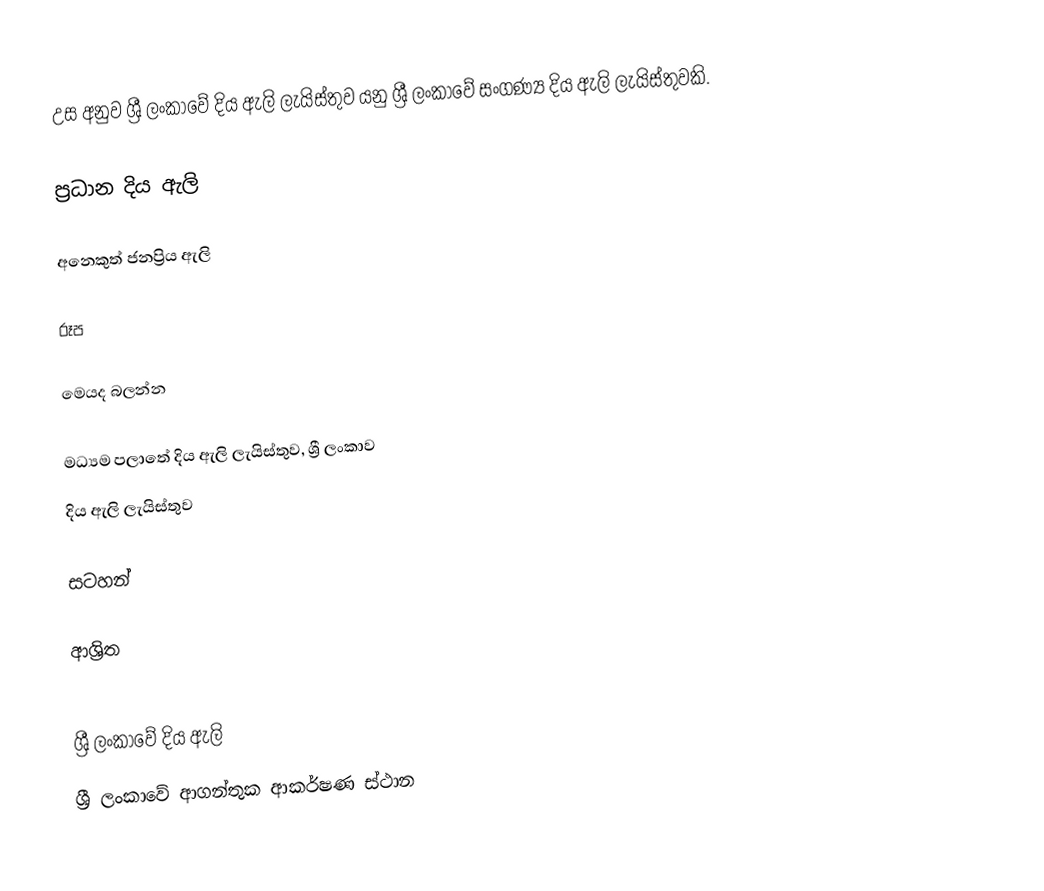
උස අනුව ශ්‍රී ලංකාවේ දිය ඇලි ලැයිස්තුව යනු ශ්‍රී ලංකාවේ සංගණ්‍ය දිය ඇලි ලැයිස්තුවකි.

ප්‍රධාන දිය ඇලි

අනෙකුත් ජනප්‍රිය ඇලි

රූප

මෙයද බලන්න

මධ්‍යම පලාතේ දිය ඇලි ලැයිස්තුව, ශ්‍රී ලංකාව
දිය ඇලි ලැයිස්තුව

සටහන්

ආශ්‍රිත

ශ්‍රී ලංකාවේ දිය ඇලි
ශ්‍රී ලංකාවේ ආගන්තුක ආකර්ෂණ ස්ථාන